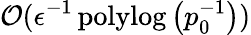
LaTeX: \mathcal{O}(\epsilon^{-1}\operatorname{polylog}\left(p_{0}^{-1}\right))